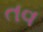
તવ